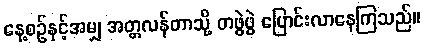
နေ့စဉ်နှင့်အမျှ အတ္တလန်တာသို့ တဖွဲဖွဲ ပြောင်းလာနေကြသည်။